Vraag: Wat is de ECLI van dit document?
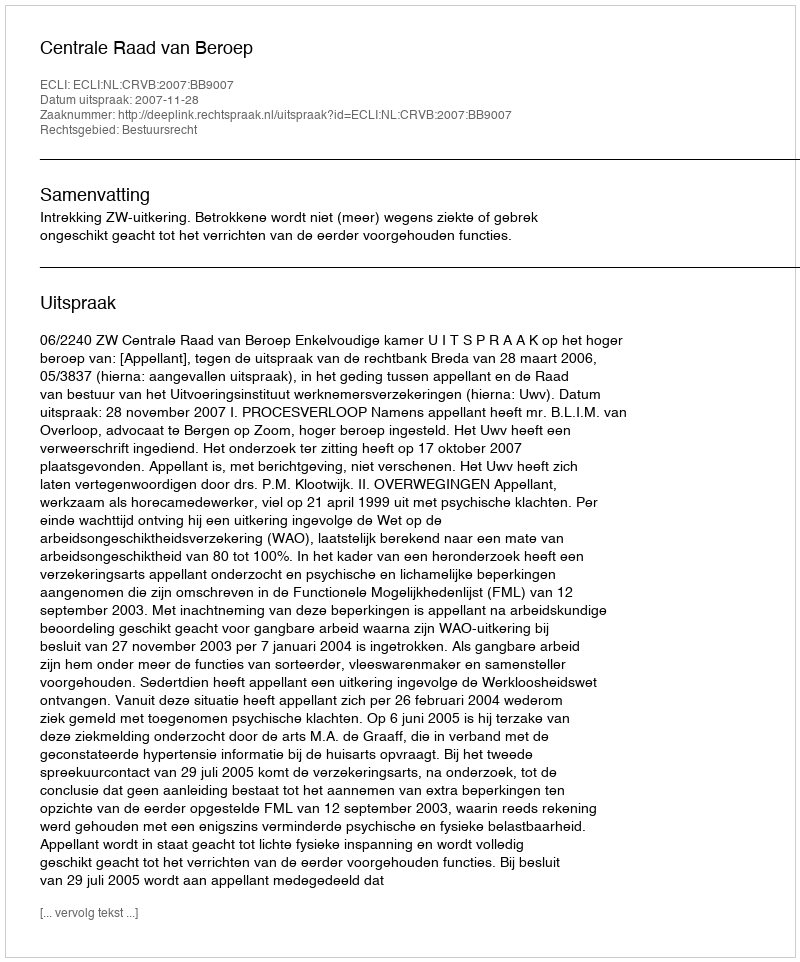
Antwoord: ECLI:NL:CRVB:2007:BB9007